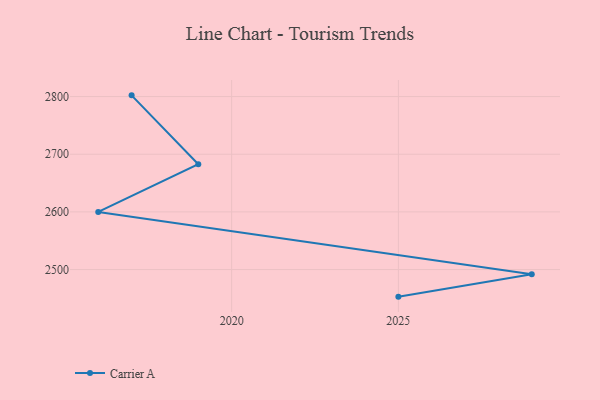
{"axis": {"x": "Year", "y": "Tickets Resolved"}, "legend": ["Carrier A"], "data": [{"x": "2017", "y": 2802.1, "type": "Carrier A"}, {"x": "2019", "y": 2682.7, "type": "Carrier A"}, {"x": "2016", "y": 2599.9, "type": "Carrier A"}, {"x": "2029", "y": 2491.8, "type": "Carrier A"}, {"x": "2025", "y": 2453.0, "type": "Carrier A"}]}